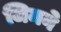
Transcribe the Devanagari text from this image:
जिमने